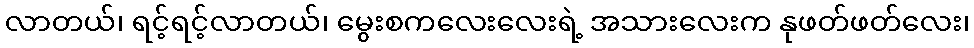
လာတယ်၊ ရင့်ရင့်လာတယ်၊ မွေးစကလေးလေးရဲ့ အသားလေးက နုဖတ်ဖတ်လေး၊